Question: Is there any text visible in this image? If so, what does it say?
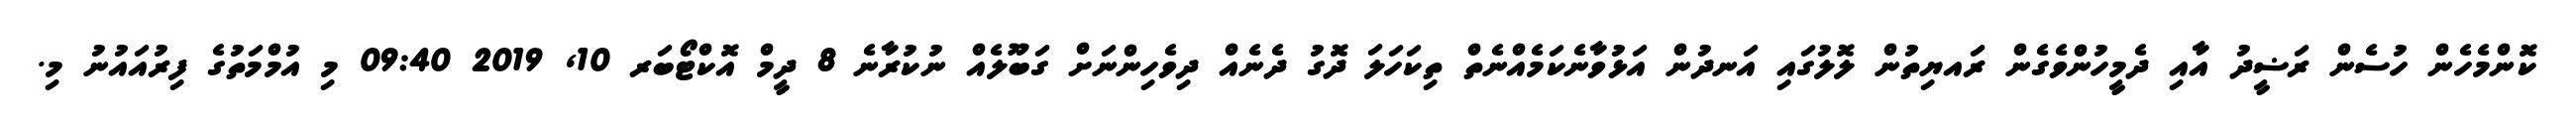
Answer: ކޮންމެހެން ހުސެން ރަޟީދު އާއި ދެމީހުންވެގެން ރައޔިތުން ލޮލުގައި އަނދުން އަޅުވާނެކަމެއްނެތް ތިކަހަލަ ދޮގު ދެނެއް ދިވެހިންނަށް ގަބޫލެއް ނުކުރާނެ 8 ދީމް އޮކްޓޯބަރ 10, 2019 09:40 މި އުމްމަތުގެ ފިރުއައުނު މި.